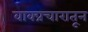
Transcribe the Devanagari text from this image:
वाक्प्रचारातून